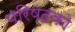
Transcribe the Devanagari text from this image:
परिषदको